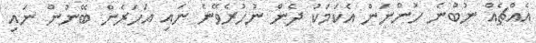
އެއްޗެއް ނުބުނެ ހުންނަން އެކަމަކު ދެން ނުހުރެވޭނެ ނައި އަހަރެން ބޭނުން ނައި